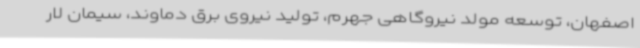
اصفهان، توسعه مولد نیروگاهی جهرم، تولید نیروی برق دماوند، سیمان لار